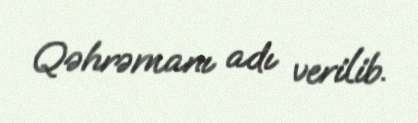
Qəhrəmanı adı verilib.